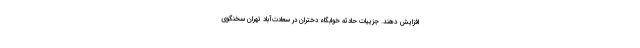
افزایش دهند. جزییات حادثه خوابگاه دختران در سعادت‌آباد تهران سخنگوی